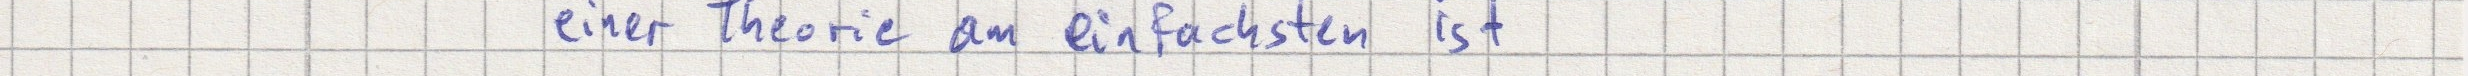
einer Theorie am einfachsten ist